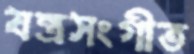
যন্ত্রসংগীত